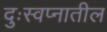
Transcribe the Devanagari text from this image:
दुःस्वप्नातील